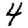
Digit: 4